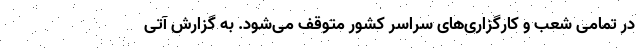
در تمامی شعب و کارگزاری‌های سراسر کشور متوقف می‌شود. به گزارش آتی